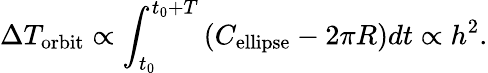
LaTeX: \Delta T_{\mathrm{orbit}}\propto\int_{t_{0}}^{t_{0}+T}\left(C_{\mathrm{ellipse}}-2\pi R\right)dt\propto h^{2}.